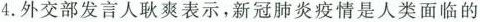
4.外交部发言人耿爽表示，新冠肺炎疫情是人类面临的